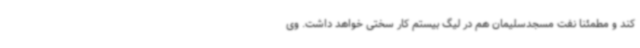
کند و مطمئنا نفت مسجدسلیمان هم در لیگ بیستم کار سختی خواهد داشت. وی